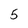
Character: 5